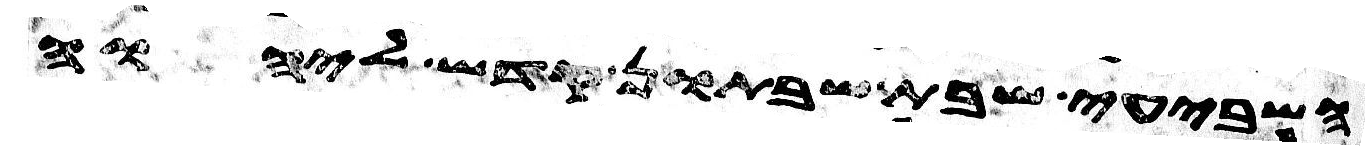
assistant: השביעי שבת שבתון קדש ליהוה